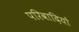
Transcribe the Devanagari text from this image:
परिवादियों